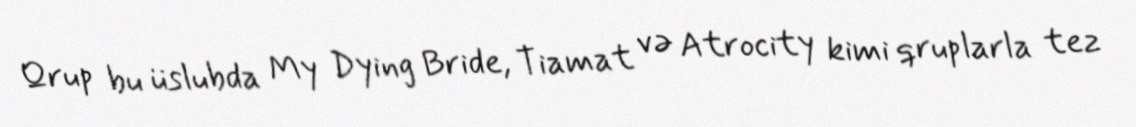
Qrup bu üslubda My Dying Bride, Tiamat və Atrocity kimi qruplarla tez